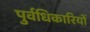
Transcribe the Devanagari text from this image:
पुर्वधिकारियों